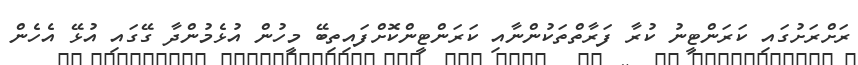
ރަށްރަށުގައި ކަރަންޓީނު ކުރާ ފަރާތްތަކުންނާއި ކަރަންޓީންކޮށްފައިތިބޭ މީހުން އުޅެމުންދާ ގޭގައި އުޅޭ އެހެން